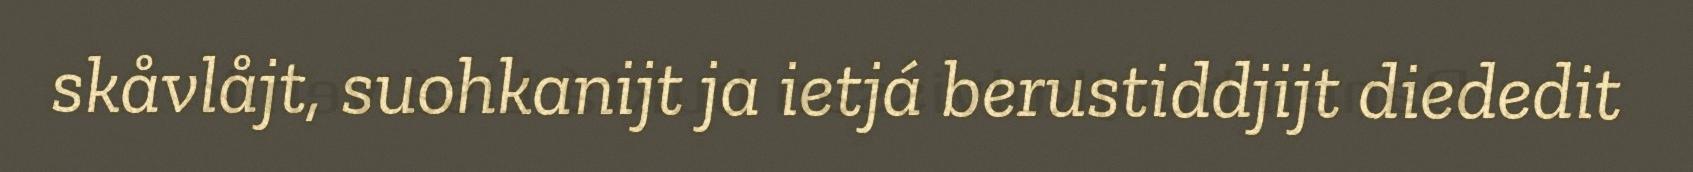
skåvlåjt, suohkanijt ja ietjá berustiddjijt diededit